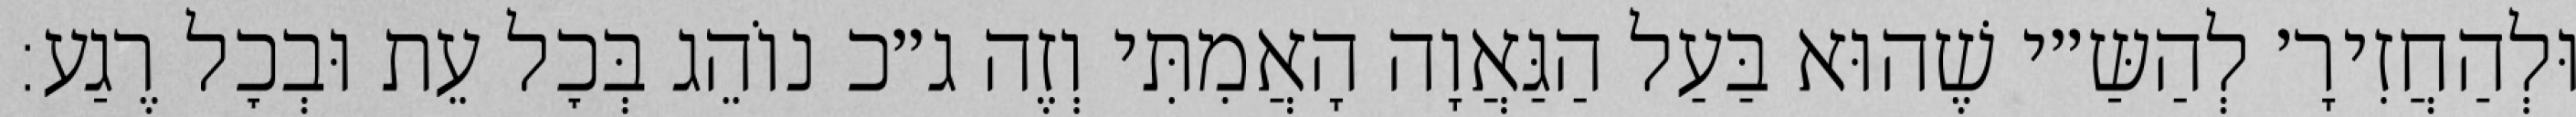
וּלְהַחֲזִירָ׳ לְהַשַּ״י שֶׁהוּא בַּעַל הַגַּאֲוָה הָאֲמִתִּי וְזֶה ג״כ נוֹהֵג בְּכׇל עֵת וּבְכׇל רֶגַע: